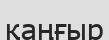
қаңғыр